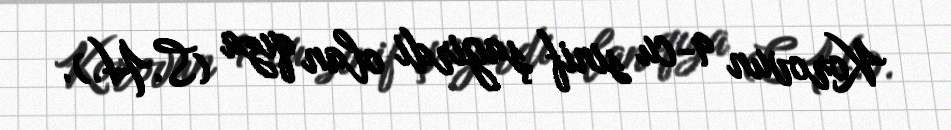
Korovun 9-cu sinif şagirdi olan qıza (S.H.).